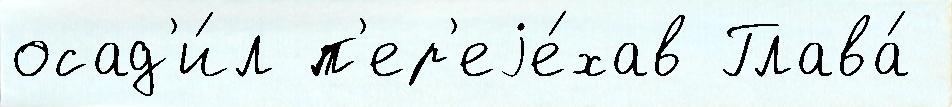
осад'и́л п'ер'еjе́хав Глава́